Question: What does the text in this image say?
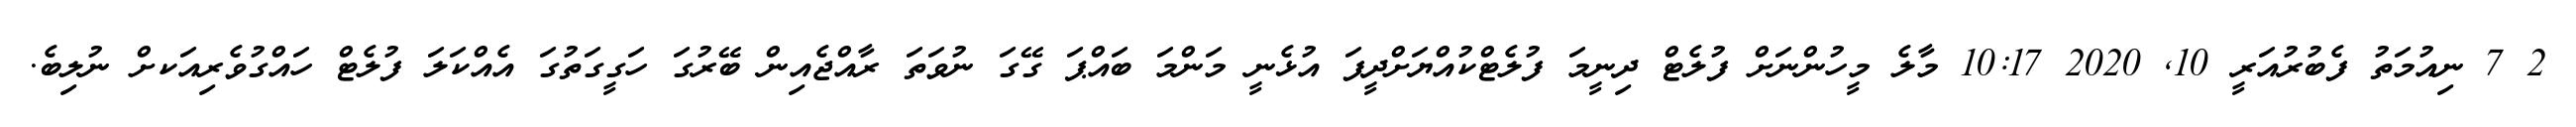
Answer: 2 7 ނިއުމަތު ފެބުރުއަރީ 10, 2020 10:17 މާލެ މީހުންނަށް ފުލެޓް ދިނީމަ ފުލެޓްކުއްޔަށްދީފަ އުޅެނީ މަންމަ ބައްޕަ ގޭގަ ނުވަތަ ރާއްޖެއިން ބޭރުގަ ހަގީގަތުގަ އެއްކަލަ ފުލެޓް ހައްގުވެރިއަކށް ނުލިބެ.